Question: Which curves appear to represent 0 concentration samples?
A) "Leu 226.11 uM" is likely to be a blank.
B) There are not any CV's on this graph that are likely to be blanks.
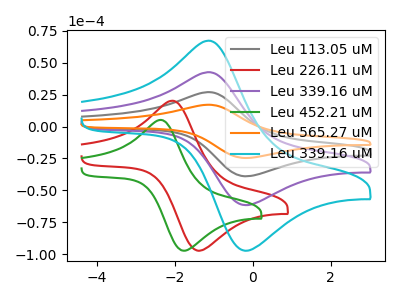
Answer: <think>The gray curve "Leu 113.05 uM" has an anodic peak at (-1.15V, 85.20uA) and a cathodic peak at (-0.20V, -123.40uA). The red curve "Leu 226.11 uM" has an anodic peak at (-2.10V, 20.20uA) and a cathodic peak at (-1.40V, -97.45uA). The purple curve "Leu 339.16 uM" has an anodic peak at (-1.15V, 42.60uA) and a cathodic peak at (-0.20V, -61.70uA). The green curve "Leu 452.21 uM" has an anodic peak at (-2.40V, 5.15uA) and a cathodic peak at (-1.75V, -97.45uA). The orange curve "Leu 565.27 uM" has an anodic peak at (-1.15V, 127.80uA) and a cathodic peak at (-0.20V, -185.10uA). The cyan curve "Leu 339.16 uM" has an anodic peak at (-1.15V, 67.30uA) and a cathodic peak at (-0.20V, -97.45uA).</think>
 <answer>B) There are not any CV's on this graph that are likely to be blanks.</answer>
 <eval>B</eval>